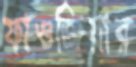
ফাওজিয়ার